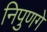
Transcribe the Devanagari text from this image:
निपुणगे